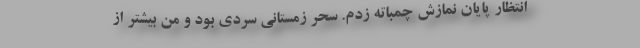
انتظار پایان نمازش چمباته زدم. سحر زمستانی سردی بود و من بیشتر از